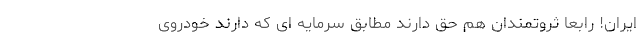
ایران! رابعاً ثروتمندان هم حق دارند مطابق سرمایه ای که دارند خودروی